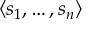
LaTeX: \langle s _ { 1 } , \ldots , s _ { n } \rangle